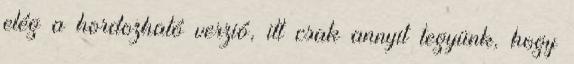
elég a hordozható verzió, itt csak annyit tegyünk, hogy